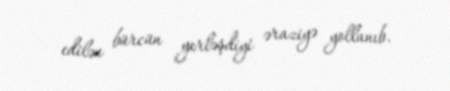
edilən bürcün yerləşdiyi əraziyə yollanıb.